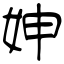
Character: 妽